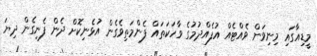
މީޑިއާގައި މިނިވަން ވެއްޓެއް އުފެއްދުމުގެ ވާހަކަތައް ފެންމަތިވެގެން އުޅެނިކޮށް ދެން ފެނިގެން ދިޔަ